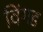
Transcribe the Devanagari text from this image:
विंगड